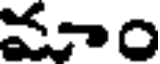
మాం